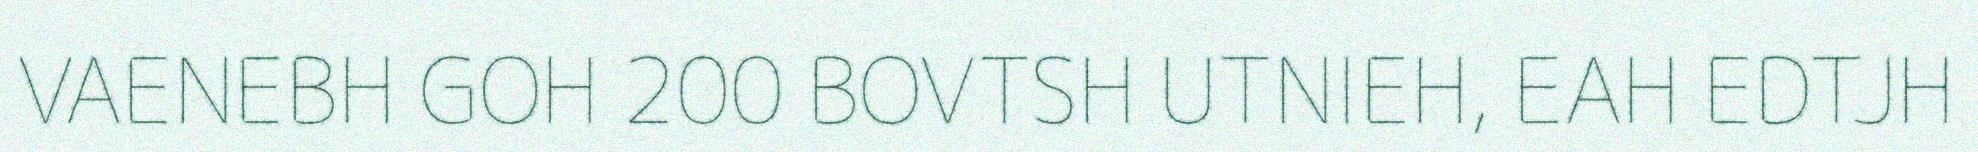
VAENEBH GOH 200 BOVTSH UTNIEH, EAH EDTJH